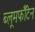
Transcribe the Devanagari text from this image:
ब्लूमफॉँटेन